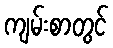
ကျမ်းစာတွင်